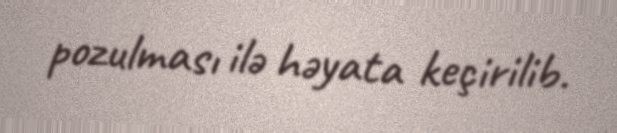
pozulması ilə həyata keçirilib.